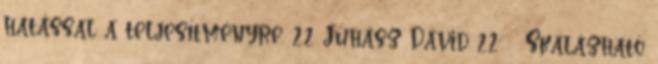
hatással a teljesítményre. 22 Juhász Dávid 22 Skálázható